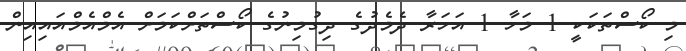
މި ކޯސްތަކަކީ 1 މަހާ 1 އަހަރާ ދެމެދުގެ ދިގުމިނުގެ ކޯސްތަށްކަމަށް އެމްއެމްއައިއިން